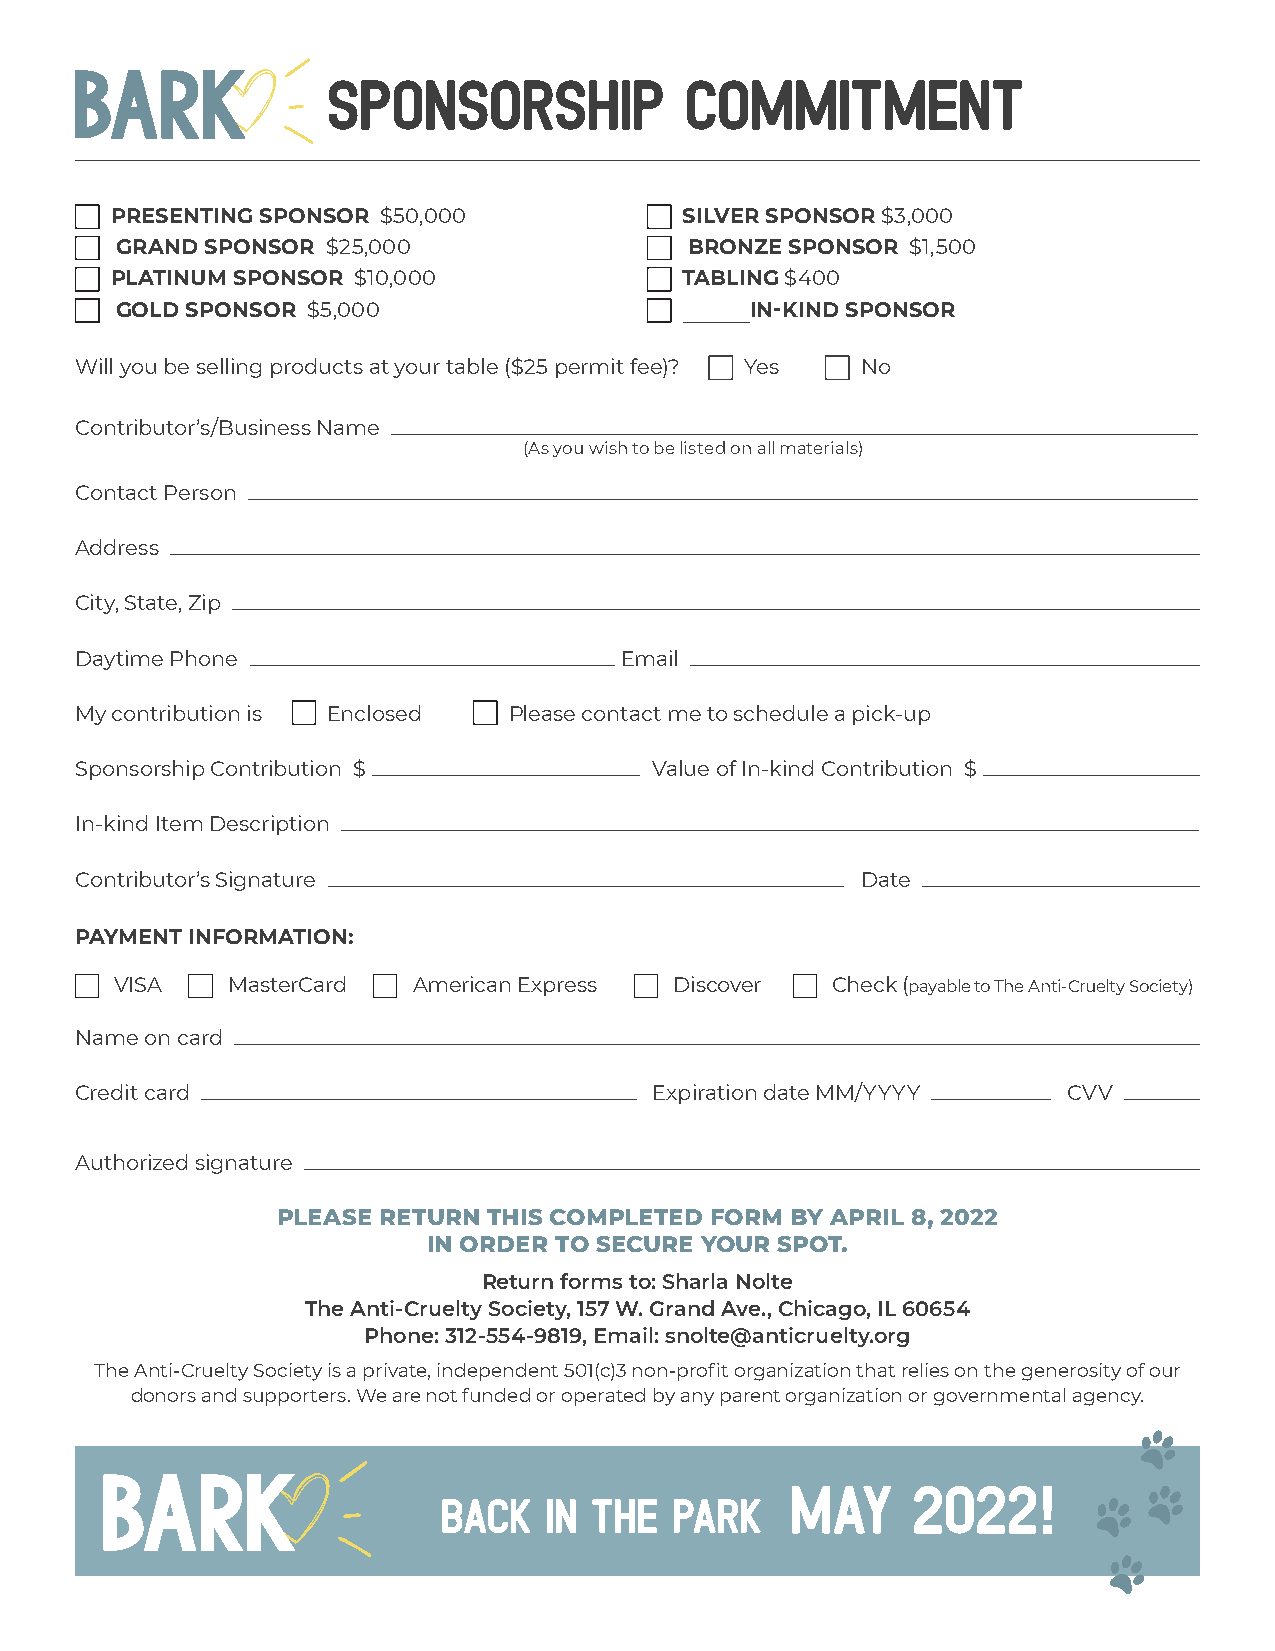
SPONSORSHIP            COMMITMENT
 PRESENTING SPONSOR $50,000            SILVER SPONSOR $3,000
 GRAND SPONSOR $25,000                 BRONZE SPONSOR $1,500
 PLATINUM SPONSOR $10,000              TABLING $400
 GOLD SPONSOR $5,000                       IN-KIND SPONSOR
 Will you be selling products at your table ($25 permit fee)? Yes No
 Contributor’s/Business Name
 (As you wish to be listed on all materials)
 Contact Person
 Address
 City, State, Zip
 Daytime Phone                       Email
 My contribution is Enclosed  Please contact me to schedule a pick-up
 Sponsorship Contribution $            Value of In-kind Contribution $
 In-kind Item Description
 Contributor’s Signature                             Date
 PAYMENT INFORMATION:
 VISA   MasterCard  American Express  Discover  Check (payable to The Anti-Cruelty Society)
 Name on card
 Credit card                           Expiration date MM/YYYY     CVV
 Authorized signature
 PLEASE RETURN THIS COMPLETED FORM BY APRIL 8, 2022
 IN ORDER TO SECURE YOUR SPOT.
 Return forms to: Sharla Nolte
 The Anti-Cruelty Society, 157 W. Grand Ave., Chicago, IL 60654
 Phone: 312-554-9819, Email: snolte@anticruelty.org
 The Anti-Cruelty Society is a private, independent 501(c)3 non-profit organization that relies on the generosity of our
 donors and supporters. We are not funded or operated by any parent organization or governmental agency.